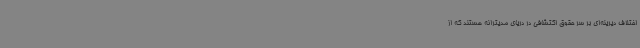
اختلاف دیرینه‌ای بر سر حقوق اکتشافی در دریای مدیترانه هستند که از